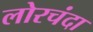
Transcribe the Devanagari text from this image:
लोरचंदा